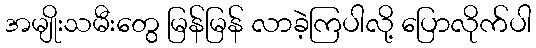
အမျိုးသမီးတွေ မြန်မြန် လာခဲ့ကြပါလို့ ပြောလိုက်ပါ